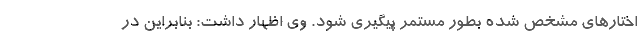
اختارهای مشخص شده بطور مستمر پیگیری شود. وی اظهار داشت: بنابراین در